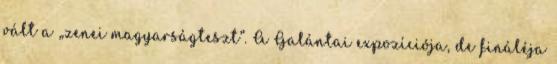
vált a „zenei magyarságteszt”. A Galántai expozíciója, de fináléja